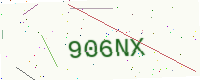
Text: 906NX